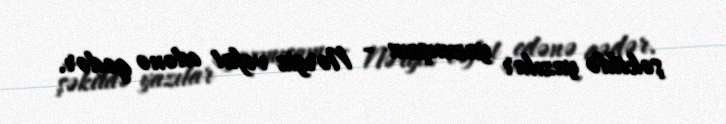
şəkildə yazılar yazmışam - Nərgiz vəfat edənə qədər.